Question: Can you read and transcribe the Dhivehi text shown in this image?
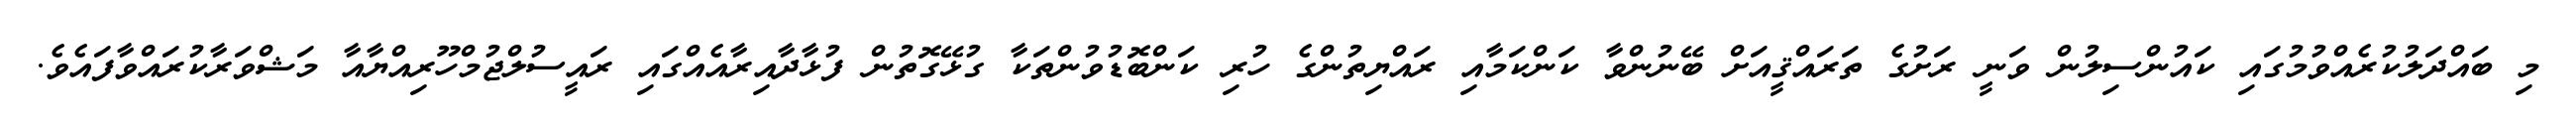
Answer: މި ބައްދަލުކުރެއްވުމުގައި ކައުންސިލުން ވަނީ ރަށުގެ ތަރައްޤީއަށް ބޭނުންވާ ކަންކަމާއި ރައްޔިތުންގެ ހުރި ކަންބޮޑުވުންތަކާ ގުޅޭގޮތުން ފުޅާދާއިރާއެއްގައި ރައީސުލްޖުމްހޫރިއްޔާއާ މަޝްވަރާކުރައްވާފައެވެ.